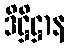
ဒိဋ္ဌိဋ္ဌာန